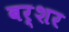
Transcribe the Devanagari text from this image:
बर्शर